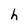
Character: h